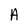
Character: A